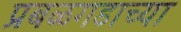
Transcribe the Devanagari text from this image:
प्रबळगडाच्या